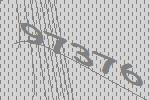
97376